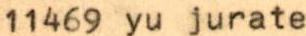
11469 yu jurate